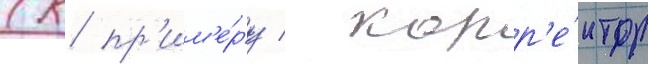
(к пр'им'е́ру / корр'е́ктор